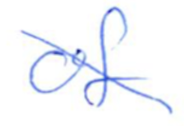
Text: of
Cross-out: mix
Writing tool: ballpoint